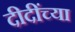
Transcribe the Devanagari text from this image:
दीदींच्या